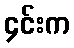
၄င်းက